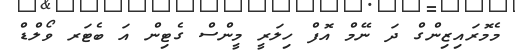
މެމޮރައިޒިންގް ދަ ނޭމް އޮފް ހިލަރީ މީންސް ގެޓިން އަ ބެޓަރ ވޯލްޑް